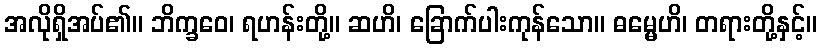
အလိုရှိအပ်၏။ ဘိက္ခဝေ၊ ရဟန်းတို့။ ဆဟိ၊ ခြောက်ပါးကုန်သော။ ဓမ္မေဟိ၊ တရားတို့နှင့်။